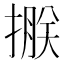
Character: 𢲂